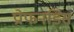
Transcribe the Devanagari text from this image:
प्रोफनडिस